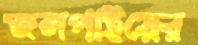
জলপাইয়ের